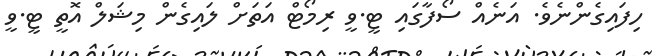
ހިފައިގެންނެވެ. އަނެއް ސޯފާގައި ޓީ.ވީ ރިމޯޓް އަތަށް ލައިގެން މިޝަލް އޮތީ ޓީ.ވީ